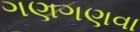
ગણગણવા